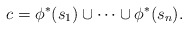
\begin{align*} c = \phi^*(s_1) \cup \cdots \cup \phi^*(s_n).\end{align*}